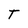
Character: T